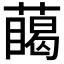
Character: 𮑥